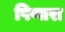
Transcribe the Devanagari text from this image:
पिणारा